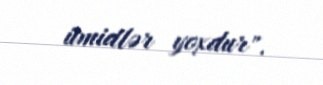
ümidlər yoxdur".